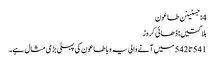
4: جسٹینن طاعون
ہلاکتیں: ڈھائی کروڑ
541 تا 542 میں آنے والی یہ وبا طاعون کی پہلی بڑی مثال ہے۔